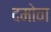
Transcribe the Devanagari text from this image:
दमोवा